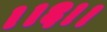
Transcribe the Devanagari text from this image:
।।६।।